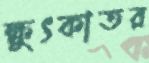
ক্ষুৎকাতর